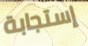
إستجابة